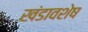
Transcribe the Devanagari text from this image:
खंडावशेष